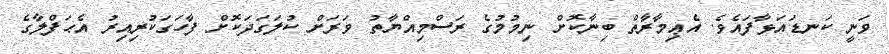
ވަނީ ކަނޑައަޅާފައެވެ. އެޢިމާރާތް ބިނާކޮށް ނިމުމުގެ ރަސްމިއްޔާތު ވަރަށް ކުލަގަދަކޮށް ފާހަގަކުރިއިރު އެޙަފްލާގެ